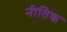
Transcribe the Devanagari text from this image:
नीतिक